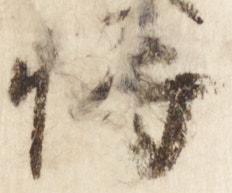
将